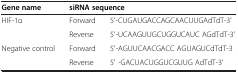
| Gene name | <COLSPAN=2> siRNA sequence |
 | --- | --- | --- |
 | <ROWSPAN=2> HIF-1α | Forward | 5′-CUGAUGACCAGCAACUUGAdTdT-3′ |
 | Reverse | 5′-UCAAGUUGCUGGUCAUC AGdTdT-3′ |
 | <ROWSPAN=2> Negative control | Forward | 5′-AGUUCAACGACC AGUAGUCdTdT-3 |
 | Reverse | 5′ -GACUACUGGUCGUUG AdTdT-3′ |